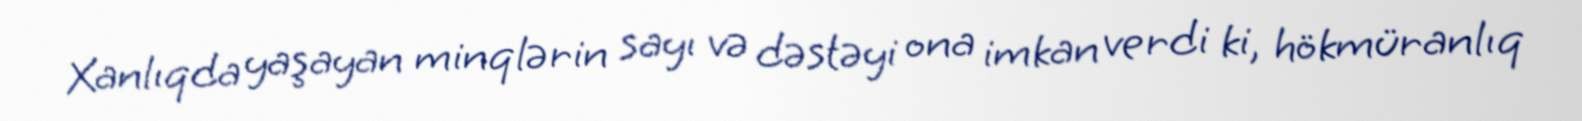
Xanlıqda yaşayan minqlərin sayı və dəstəyi ona imkan verdi ki, hökmüranlıq